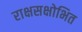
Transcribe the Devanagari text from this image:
राक्षसक्षोभित